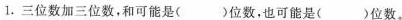
1.三位数加三位数，和可能是()位数，也可能是()位数。